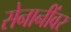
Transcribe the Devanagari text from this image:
सेनानींवर